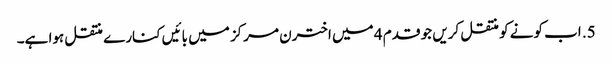
5. اب کونے کو منتقل کریں جو قدم 4 میں اخترن مرکز میں بائیں کنارے منتقل ہوا ہے۔